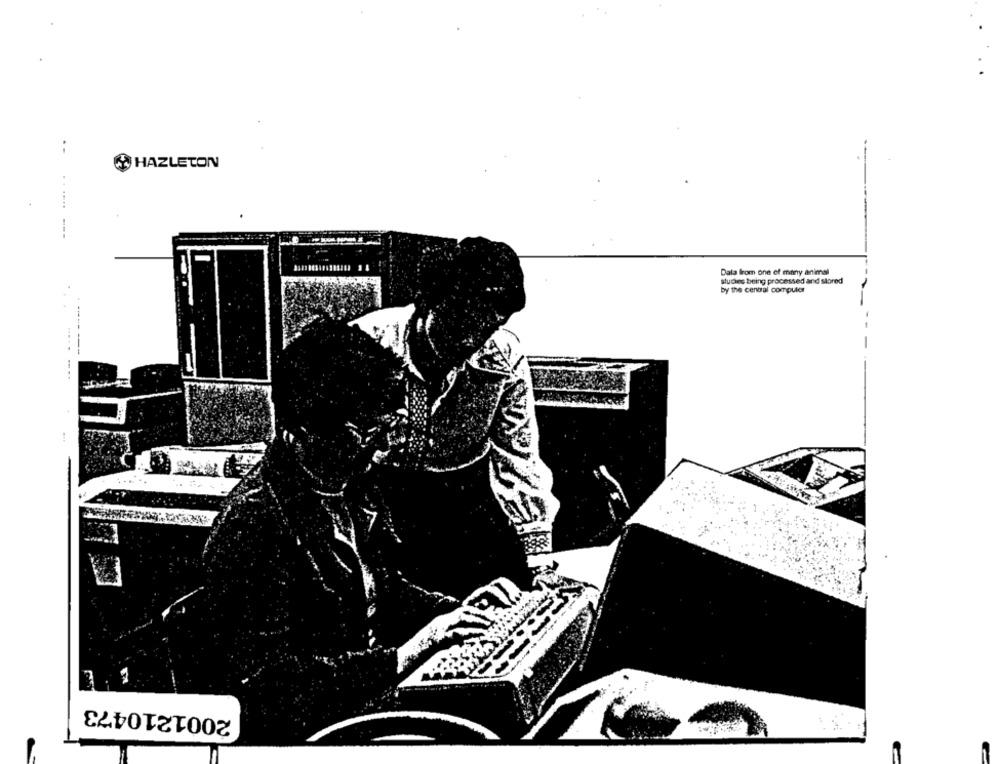
HAZLETON
.. .....
Data from one of many animal
studies being processed and stored
by the central computer
2001210473